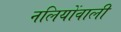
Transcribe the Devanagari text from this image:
नलियोंवाली